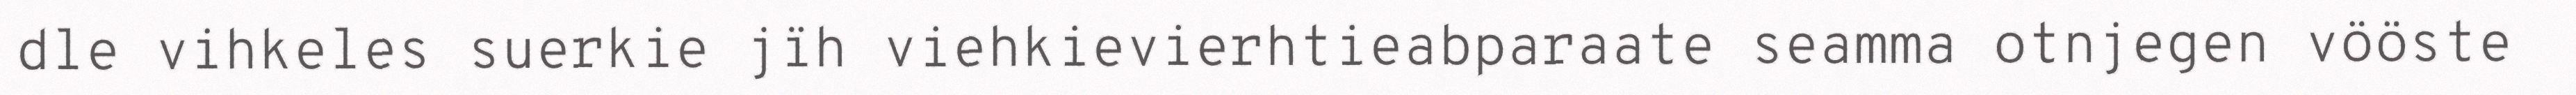
dle vihkeles suerkie jïh viehkievierhtieabparaate seamma otnjegen vööste